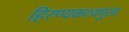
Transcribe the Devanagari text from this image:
हिरण्यकश्यपूला